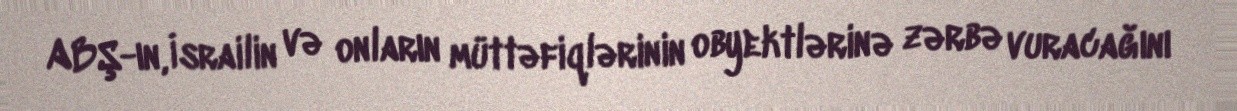
ABŞ-ın, İsrailin və onların müttəfiqlərinin obyektlərinə zərbə vuracağını